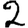
Digit: 2